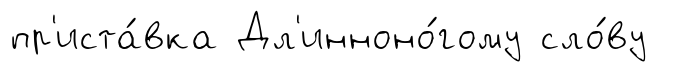
пр'иста́вка Дл'инноно́гому сло́ву